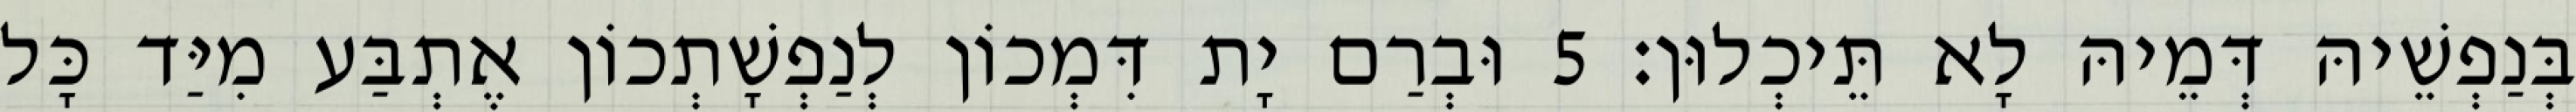
בְּנַפְשֵׁיהּ דְּמֵיהּ לָא תֵּיכְלוּן׃ 5 וּבְרַם יָת דִּמְכוֹן לְנַפְשָׁתְכוֹן אֶתְבַּע מִיַּד כָּל